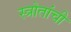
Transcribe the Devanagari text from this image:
स्त्रोतांची